Preliminary report on the development of the Leishman-Donovan body in the bed bug - Number 27
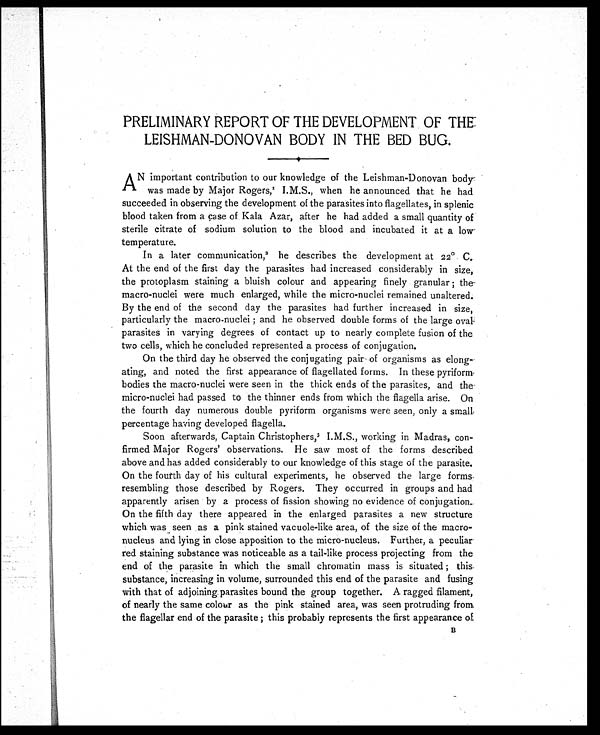
PRELIMINARY REPORT OF THE DEVELOPMENT OF THE
LEISHMAN-DONOVAN BODY IN THE BED BUG.
AN important contribution to our knowledge of the Leishman-Donovan body
was made by Major Rogers, 1 I.M.S., when he announced that he had
succeeded in observing the development of the parasites into flagellates, in splenic
blood taken from a case of Kala Azar, after he had added a small quantity of
sterile citrate of sodium solution to the blood and incubated it at a low-
temperature.
In a later communication,2 he describes the development at 22° C.
At the end of the first day the parasites had increased considerably in size,
the protoplasm staining a bluish colour and appearing finely granular ; the-
macro-nuclei were much enlarged, while the micro-nuclei remained unaltered.
By the end of the second day the parasites had further increased in size,
particularly the macro-nuclei ; and he observed double forms of the large oval-
parasites in varying degrees of contact up to nearly complete fusion of the
two cells, which he concluded represented a process of conjugation.
On the third day he observed the conjugating pair of organisms as elong
-ating, and noted the first appearance of flagellated forms. In these pyriform
bodies the macro-nuclei were seen in the thick ends of the parasites, and the
micro-nuclei had passed to the thinner ends from which the flagella arise. On
the fourth day numerous double pyriform organisms were seen, only a small,
percentage having developed flagella.
Soon afterwards, Captain Christophers, 3 I.M.S., working in Madras, con-
firmed Major Rogers' observations. He saw most of the forms described
above and has added considerably to our knowledge of this stage of the parasite.
On the fourth day of his cultural experiments, he observed the large forms,
resembling those described by Rogers. They occurred in groups and had
apparently arisen by a process of fission showing no evidence of conjugation.,
On the fifth day there appeared in the enlarged parasites a new structure
which was as a pink stained vacuole-like area, of the size of the macro-
nucleus and lying in close apposition to the micro-nucleus. Further, a peculiar
red staining substance was noticeable as a tail-like process projecting from the
end of the parasite in which the small chromatin mass is situated ; this
substance, increasing in volume, surrounded this end of the parasite and fusing
with that of adjoining parasites bound the group together. A ragged filament,
of nearly the same colour as the pink stained area, was seen protruding from
the flagellar end of the parasite ; this probably represents the first appearance of B